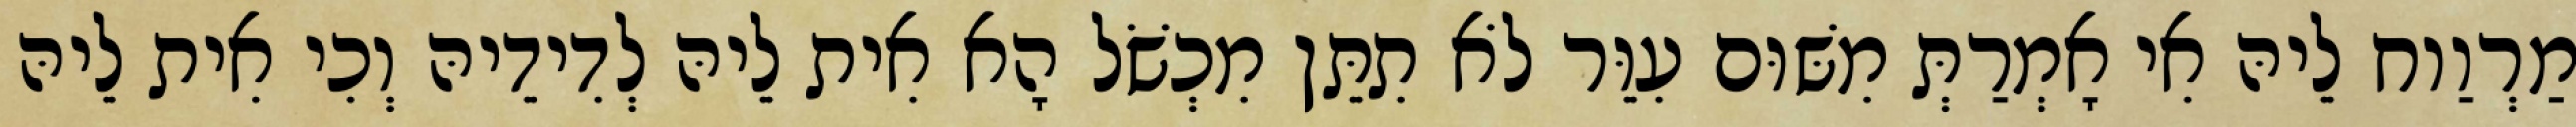
מַרְוַוח לֵיהּ אִי אָמְרַתְּ מִשּׁוּם עִוֵּר לֹא תִתֵּן מִכְשֹׁל הָא אִית לֵיהּ לְדִידֵיהּ וְכִי אִית לֵיהּ